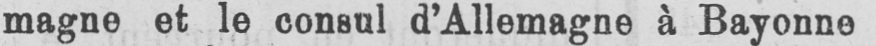
magne et le consul d’Allemagne à Bayonne